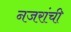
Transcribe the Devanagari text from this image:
नजरांची